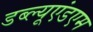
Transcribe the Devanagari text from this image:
डब्ल्यूएंडएम